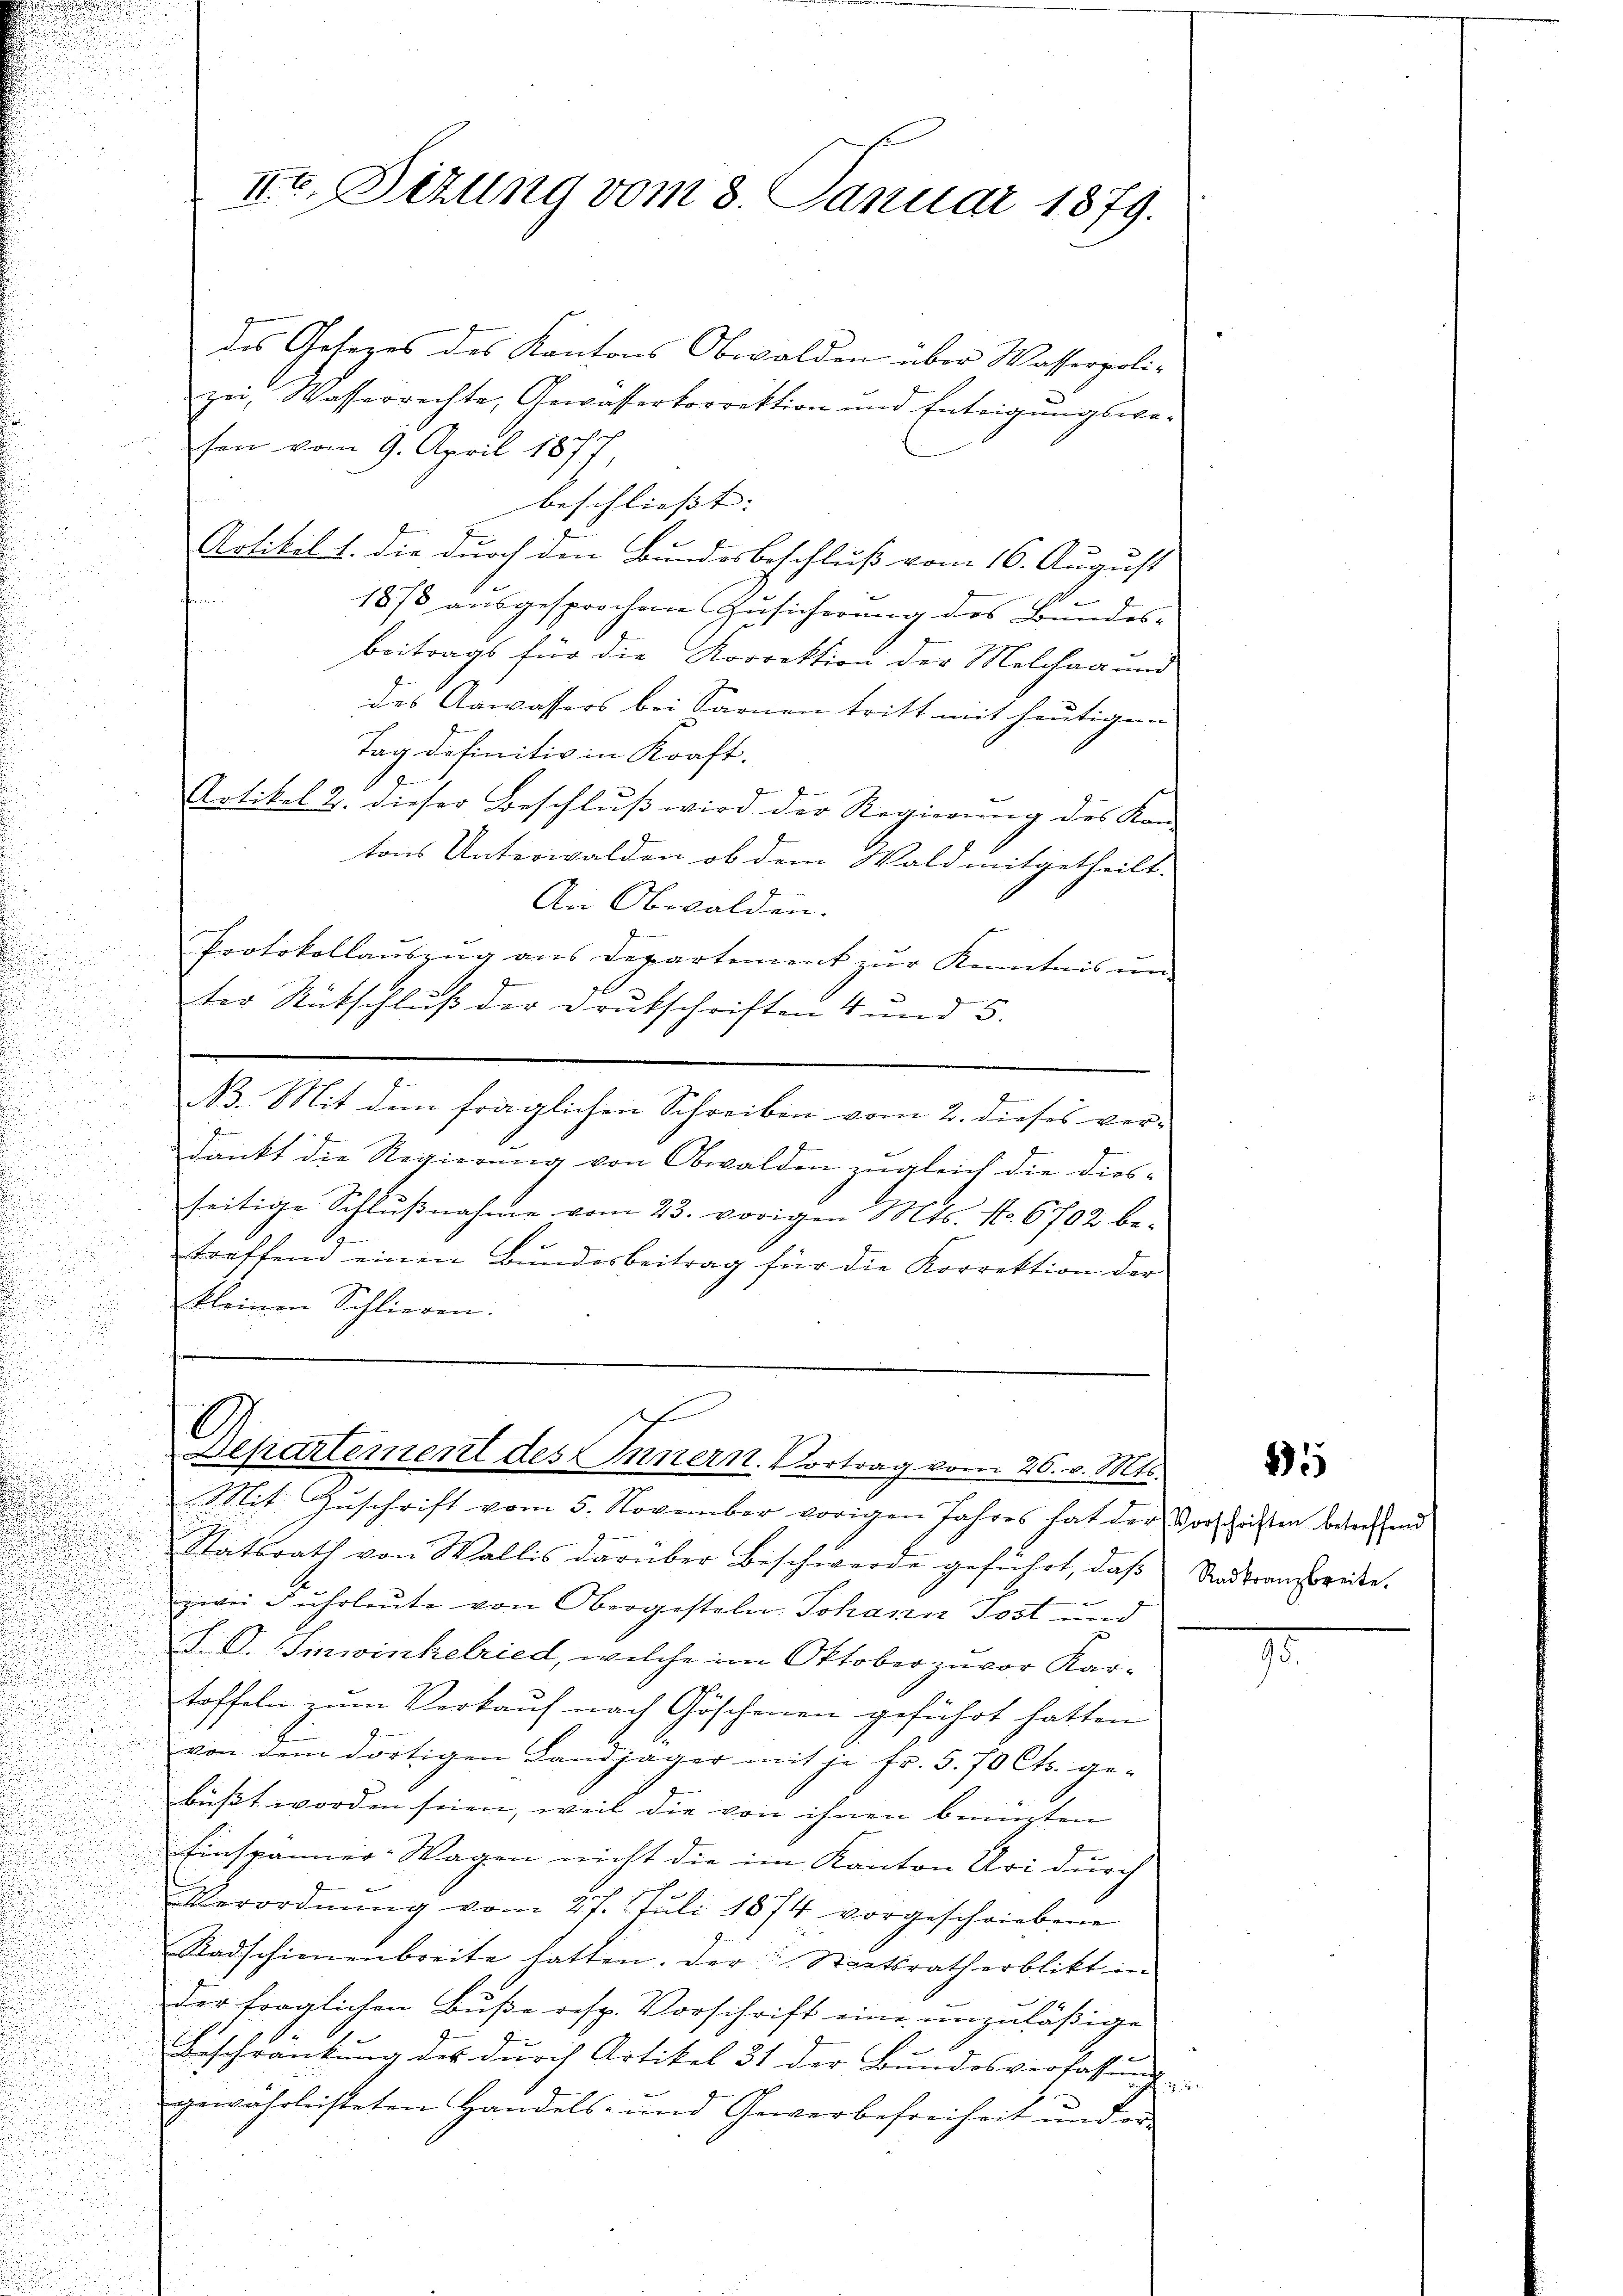
IIo. Sizung vom 8. Januar 1879.

des Gesezes des Kantons Obwalden über Wasserpoli-
zei, Wasserrechte, Gewässerkorrektion und Entrigŭngswe-
sen vom 9. April 1877,
beschließt:
Artikel 1. die durch den Bundesbeschluß vom 16. August
18/3 aŭsgesprochene Zusicherung des Bundes-
beitrags für die Korrektion der Melchag und
des Aawassers bei Sarnen tritt mit heutigen
Tag definitiv in Kraft.
1
Artikel 2. dieser Beschluß wird der Regierung des Kon-
tons Unterwalden ob dem Wald mitgetheilt.
An Obwalden.
Protokollaŭszŭg ans Departement zŭr Kenntnis ŭm
ter Rutschluß der Drukschriften 4 und 5.
B. Mit dem fraglichen Schreiben vom 2. dieses ver-
Dänkt die Regierung von Obwalden zugleich die diesseitige Schlŭβnahme vom 23. vorigen Mts. No. 6702 be-
treffend einen Bundesbeitrag für die Korrektion der
kleinen Schlieren.

h
Departement des Innern. Vortrag vom 26. v. Mts.

Mit Zŭschrift vom 5. November vorigen Jahres hat der Vorlesen betreffend
Statsrath von Wallis darüber Beschwerde geführt, daß
zwei Fuhrleute von Obergesteln. Johann Post und
I. O. Sinwinkelried, welche im Oktober zuvor Kartoffeln zum Verkauf nach Göschenen geführt hatten
von dem dortigen Landjäger mit je Fr. 5. 70 Cts. ge-
büßt worden seien, weil die von ihnen beizten
Einspänner-Wagen nicht die im Kanton Uri durch
Verordnŭng vom 27. Jŭli 1874 vorgeschriebene
Radschienenbreite hatten. Der Staatsrath erblickt in
der fraglichen Buße resp. Vorschrift eine unzuläßige
Beschränkung des durch Artikel 31 der Bundesverfassungs-
gewahrleisteten Handels- und Gewerbefreiheit und er-

25

Radkranzbreite.